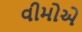
વીમોએ